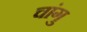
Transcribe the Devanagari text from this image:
चांगु